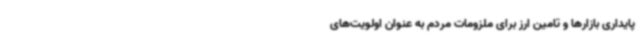
پایداری بازارها و تامین ارز برای ملزومات مردم به عنوان اولویت‌های